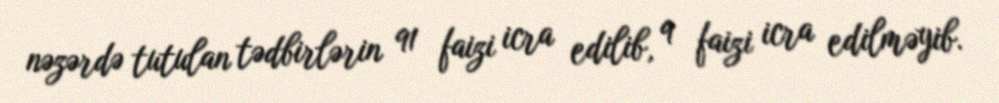
nəzərdə tutulan tədbirlərin 91 faizi icra edilib, 9 faizi icra edilməyib.